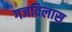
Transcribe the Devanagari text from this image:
गजविलास